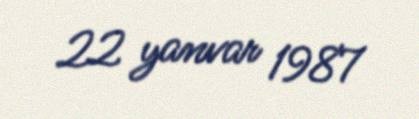
22 yanvar 1987